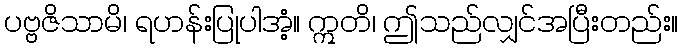
ပဗ္ဗဇိသာမိ၊ ရဟန်းပြုပါအံ့။ ဣတိ၊ ဤသည်လျှင်အပြီးတည်း။